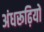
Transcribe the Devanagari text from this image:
अंधरूढ़ियों